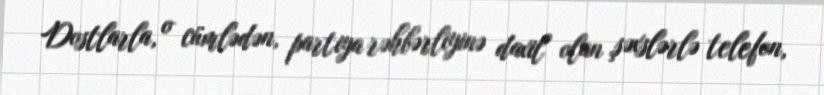
Dostlarla, o cümlədən, partiya rəhbərliyinə daxil olan şəxslərlə telefon,